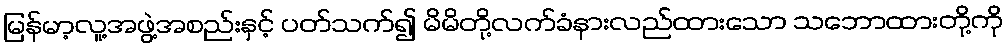
မြန်မာ့လူ့အဖွဲ့အစည်းနှင့် ပတ်သက်၍ မိမိတို့လက်ခံနားလည်ထားသော သဘောထားတို့ကို